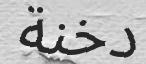
دخنة